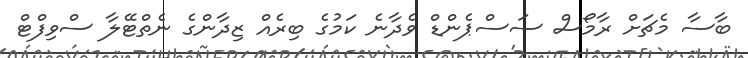
ބާސާ މެޗަށް ރާމޯސް ސަސްޕެންޑް ވެދާނެ ކަމުގެ ބިރެއް ޒިދާންގެ ނެތްޓޭލާ ސްވިފްޓް